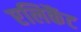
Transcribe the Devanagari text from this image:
एलिकैंट